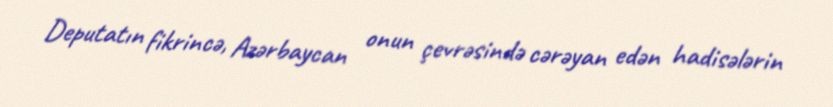
Deputatın fikrincə, Azərbaycan onun çevrəsində cərəyan edən hadisələrin